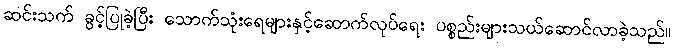
ဆင်းသက် ခွင့်ပြုခဲ့ပြီး သောက်သုံးရေများနှင့်ဆောက်လုပ်ရေး ပစ္စည်းများသယ်ဆောင်လာခဲ့သည်။